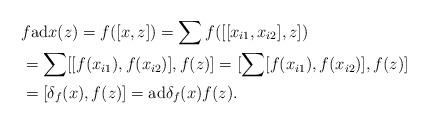
LaTeX: \begin{align*} &f{\rm ad}{x}(z)=f([x,z])=\sum f([[x_{i1},x_{i2}],z])\\&=\sum[[f(x_{i1}),f(x_{i2})],f(z)]=[\sum[f(x_{i1}),f(x_{i2})],f(z)]\\ &=[\delta_{f}(x),f(z)]={\rm ad}{\delta_{f}(x)}f(z).\end{align*}